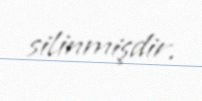
silinmişdir.